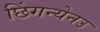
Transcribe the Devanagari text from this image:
छिंगन्येनउ